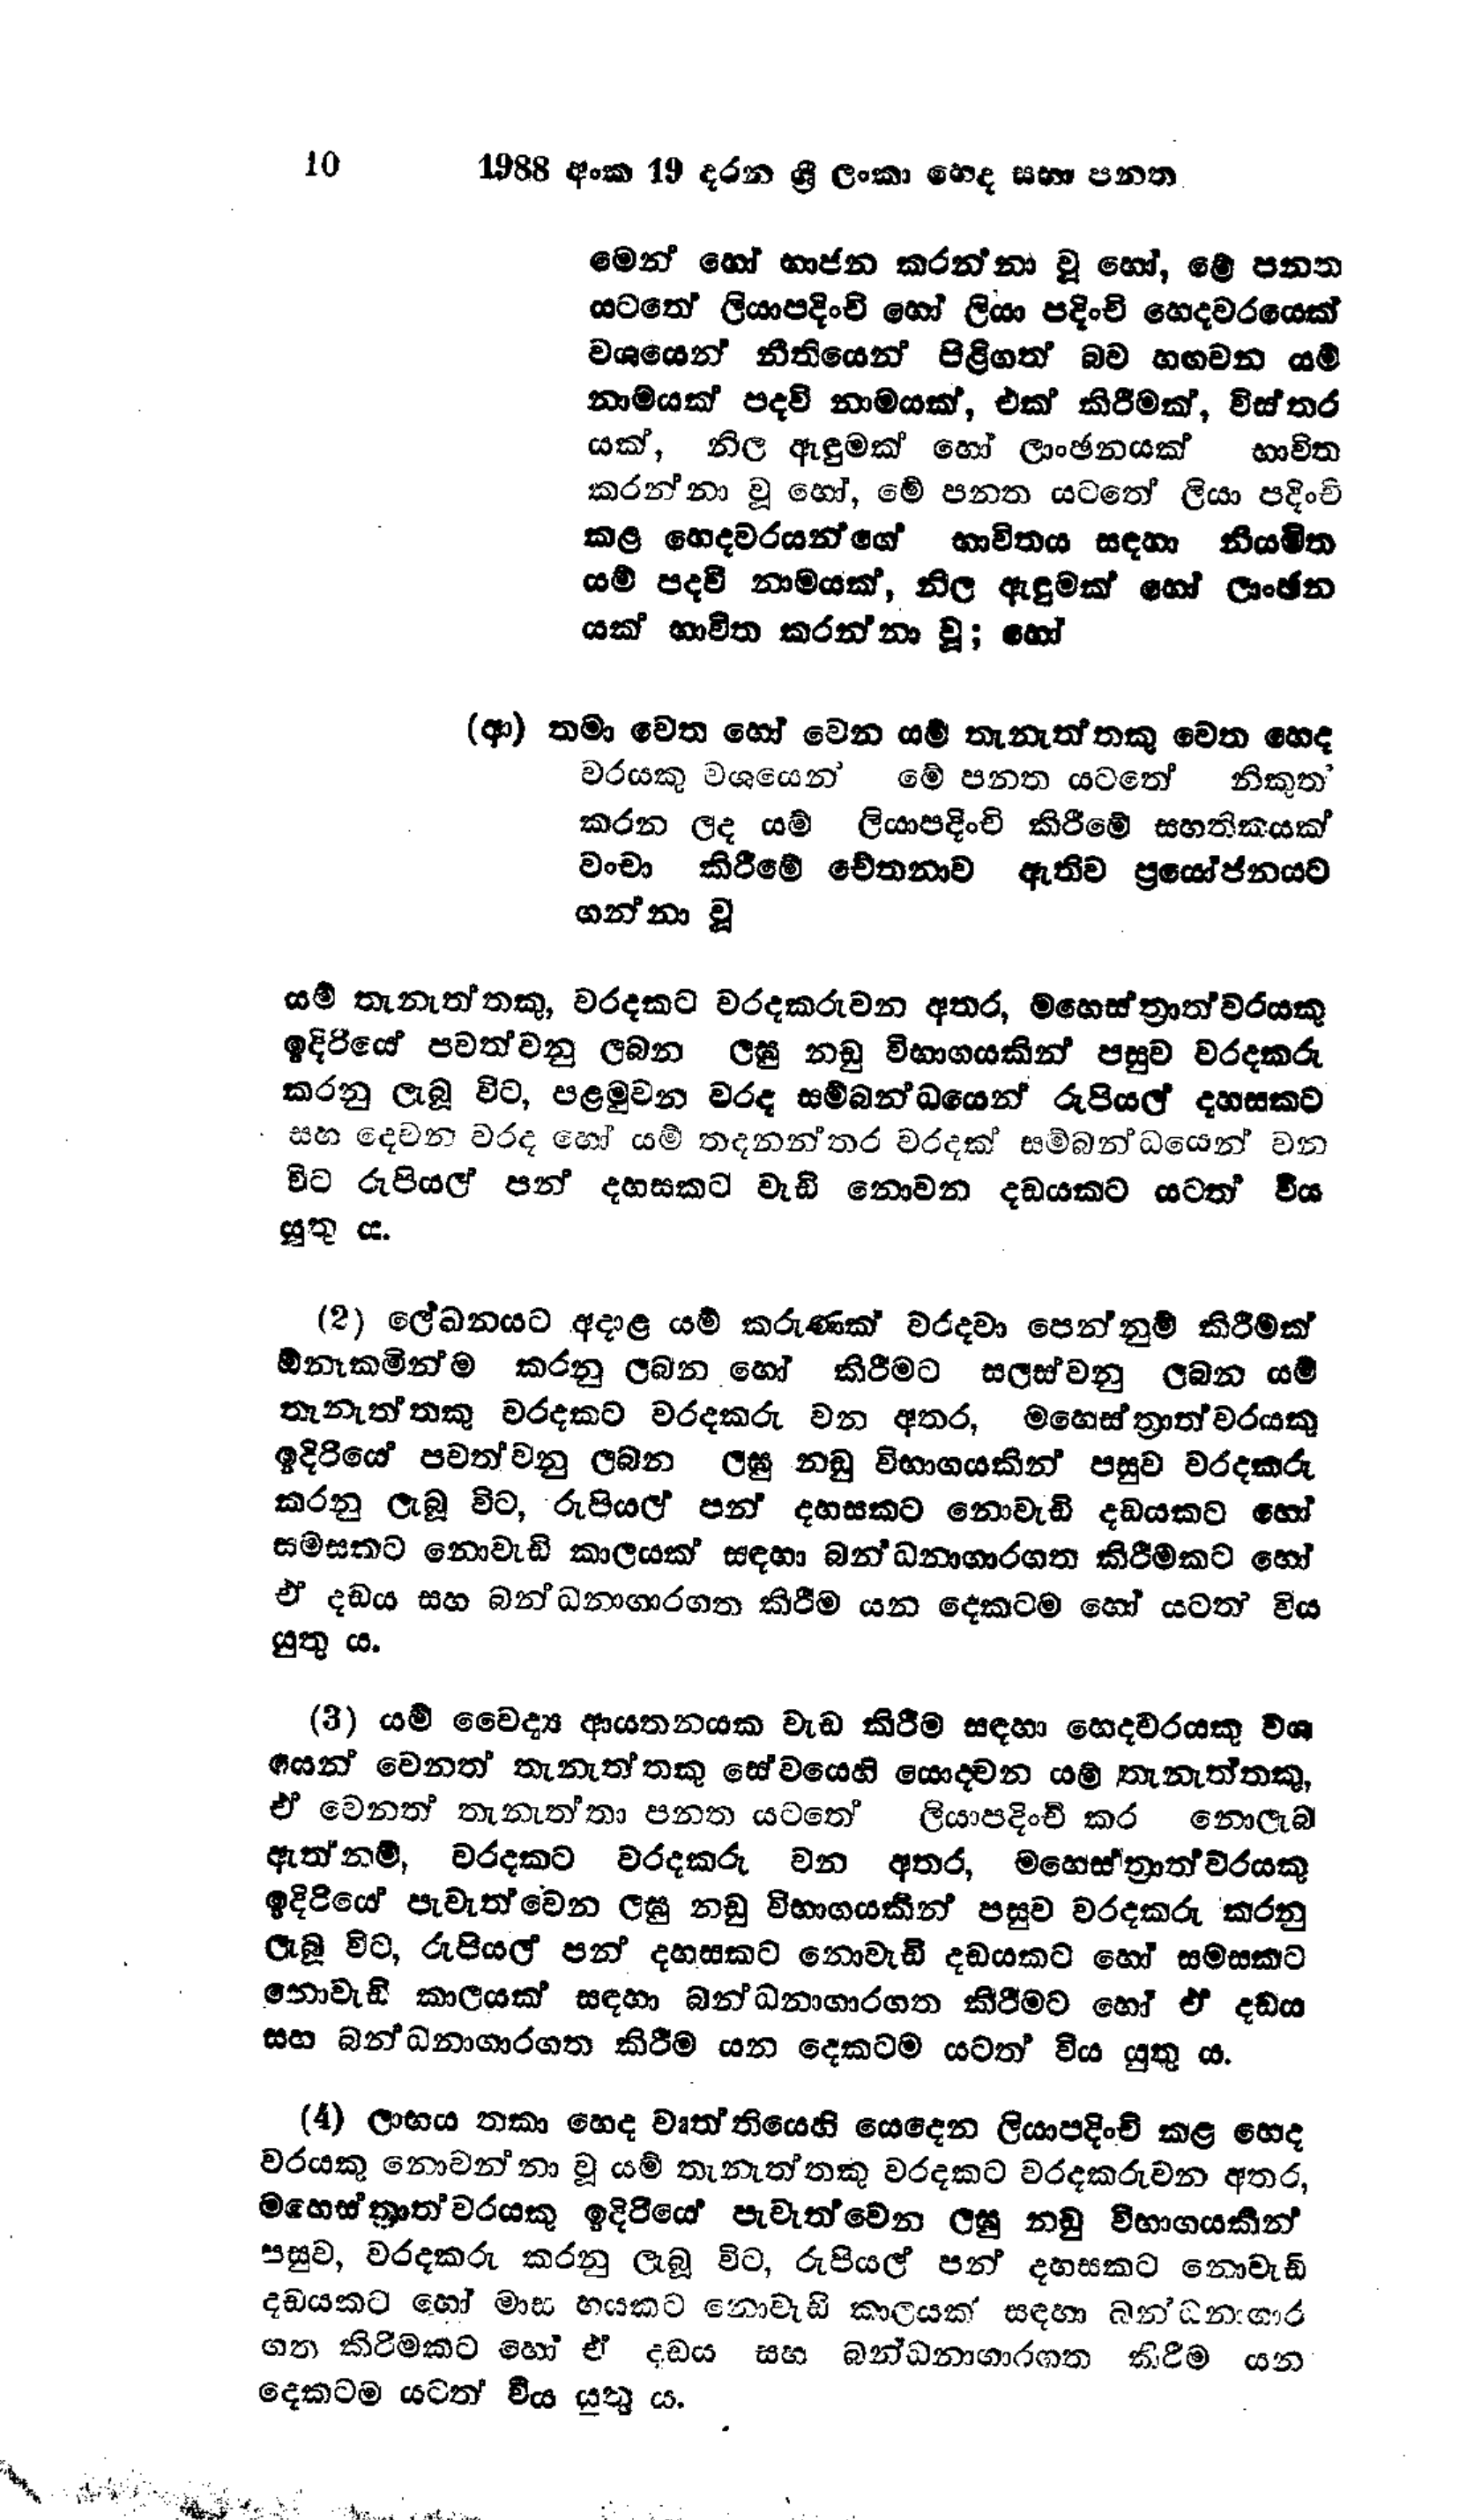
10 1988 අංක 19 දරන ශ්‍රී ලංකා හෙද සභා පනත

මෙන් හෝ භාජන කරන්නා වූ හෝ, මේ පනත
යටතේ ලියාපදිංචි හෝ ලියා පදිංචි හෙදවරයෙක්
වශයෙන් නීතියෙන් පිළිගත් බව හඟවන යම්
නාමයක් පදවි නාමයක්, එක් කිරීමක්, විස්තර
යක්, නිල ඇඳුමක් හෝ ලාංඡනයක් භාවිත
කරන්නා වූ හෝ, පනත යටතේ ලියා පදිංචි
කළ හෙදවරයන්ගේ භාවිතය සදහා නියමිත
යම් පදවි නාමයක්, නිල ඇඳුමක් හෝ ලාංඡන
යක් භාවිත කරන්නා වූ; හෝ

(ආ) තමා වෙත හෝ වෙන යම් තැනැත්තකු වෙත හෙද
වරයකු වශයෙන් මේ පනත යටතේ නිකුත්
කරන ලද යම් ලියාපදිංචි කිරීමේ සහතිකයක්
වංචා කිරීමේ චේතනාව ඇතිව ප්‍රයෝජනයට
ගන්නා වූ

යම් තැනැත්තකු, වරදකට වරදකරුවන අතර, මහෙස්ත්‍රාත්වරයකු
ඉදිරියේ පවත්වනු ලබන ලඝු නඩු විභාගයකින් පසුව වරදකරු
කරනු ලැබූ විට, පළමුවන වරද සම්බන්ධයෙන් රුපියල් දහසකට
සහ දෙවන වරද හෝ යම් තදනන්තර වරදක් සම්බන්ධයෙන් වන
විට රුපියල් පන් දහසකට වැඩි නොවන දඩයකට යටත් විය
යුතු ය.

(2) ලේඛනයට අදාළ යම් කරුණක් වරදවා පෙන්නුම් කිරීමක්
ඕනෑකමින්ම කරනු ලබන හෝ කිරීමට සලස්වනු ලබන යම්
තැනැත්තකු වරදකට වරදකරු වන අතර, මහෙස්ත්‍රාත්වරයකු
ඉදිරියේ පවත්වනු ලබන ලඝු නඩු විභාගයකින් පසුව වරදකරු
කරනු ලැබූ විට, රුපියල් පන් දහසකට නොවැඩි දඩයකට හෝ
සමසකට නොවැඩි කාලයක් සඳහා බන්ධනාගාරගත කිරීමකට හෝ
ඒ දඩය සහ බන්ධනාගාරගත කිරීම යන දෙකටම හෝ යටත් විය
යුතු ය.

(3) යම් වෛද්‍ය ආයතනයක වැඩ කිරීම සඳහා හෙදවරයකු වශ
යෙන් වෙනත් තැනැත්තකු සේවයෙහි යොදවන යම් තැනැත්තකු,
ඒ වෙනත් තැනැත්තා පනත යටතේ ලියාපදිංචි කර නොලැබ
ඇත්නම්, වරදකට වරදකරු වන අතර, මහෙස්ත්‍රාත්වරයකු
ඉදිරියේ පැවැත්වෙන ලඝු නඩු විභාගයකින් පසුව වරදකරු කරනු
ලැබූ විට, රුපියල් පන් දහසකට නොවැඩි දඩයකට හෝ සමසකට
නොවැඩි කාලයක් සඳහා බන්ධනාගාරගත කිරීමට හෝ ඒ දඩය
සහ බන්ධනාගාරගත කිරීම යන දෙකටම යටත් විය යුතු ය.

(4) ලාභය තකා හෙද වෘත්තියෙහි යෙදෙන ලියාපදිංචි කළ භෙද
වරයකු නොවන්න්නා වූ යම් තැනැත්තකු වරදකට වරදකරුවන අතර,
මහෙස්ත්‍රාත්වරයකු ඉදිරියේ පැවැත්වෙන ලඝු නඩු විභාගයකින්
පසුව, වරදකරු කරනු ලැබූ විට, රුපියල් පන් දහසකට නොවැඩි
දඩයකට හෝ මාස හයකට නොවැඩි කාලයක් සඳහා බන්ධනාගාර
ගත කිරීමකට හෝ ඒ දඩය සහ බන්ධනාගාරගත කිරීම යන
දෙකටම යටත් විය යුතු ය.